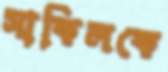
সাকিলকে